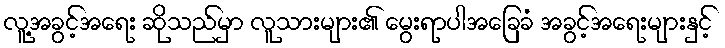
လူ့အခွင့်အရေး ဆိုသည်မှာ လူသားများ၏ မွေးရာပါအခြေခံ အခွင့်အရေးများနှင့်